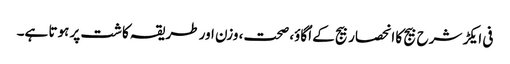
فی ایکڑ شرح بیج کا انحصار بیج کے اُگاوٴ، صحت، وزن اور طریقہ کاشت پر ہوتا ہے۔